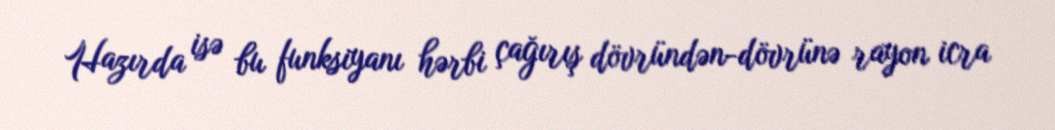
Hazırda isə bu funksiyanı hərbi çağırış dövründən-dövrünə rayon icra